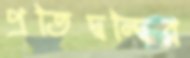
প্রতিদ্বন্দ্বির